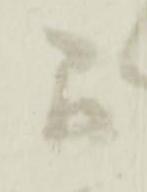
間